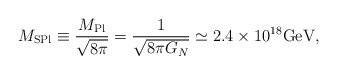
\begin{align*}M_{\rm SPl}\equiv \frac{M_{\rm Pl}}{\sqrt{8\pi}}=\frac{1}{\sqrt{8\pi G_N}}\simeq 2.4\times 10^{18}{\rm GeV},\end{align*}